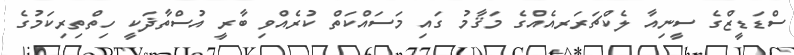
ސްޑަޑީޒްގެ ސީނިއާ ލެކްޗަރަރއެއްގެ މަޤާމު ގައި މަސައްކަތް ކުރެއްވި ބާރީ އުސްތާޛަކީ ހިތްތިރިކަމުގެ